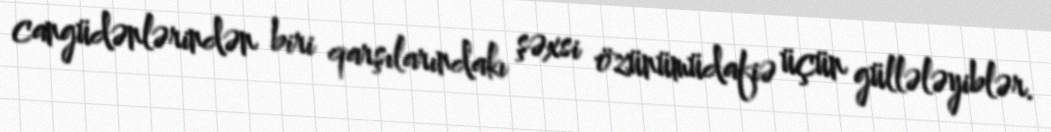
cangüdənlərindən biri qarşılarındakı şəxsi özünümüdafiə üçün güllələyiblər.